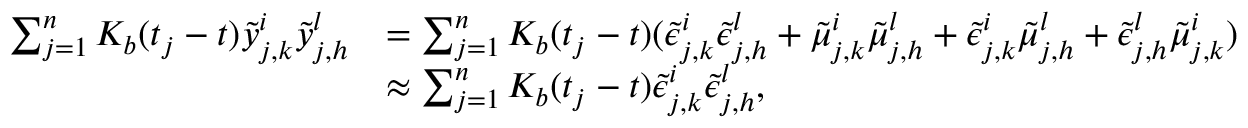
\begin{array} { r l } { \sum _ { j = 1 } ^ { n } K _ { b } ( t _ { j } - t ) \tilde { y } _ { j , k } ^ { i } \tilde { y } _ { j , h } ^ { l } } & { = \sum _ { j = 1 } ^ { n } K _ { b } ( t _ { j } - t ) ( \tilde { \epsilon } _ { j , k } ^ { i } \tilde { \epsilon } _ { j , h } ^ { l } + \tilde { \mu } _ { j , k } ^ { i } \tilde { \mu } _ { j , h } ^ { l } + \tilde { \epsilon } _ { j , k } ^ { i } \tilde { \mu } _ { j , h } ^ { l } + \tilde { \epsilon } _ { j , h } ^ { l } \tilde { \mu } _ { j , k } ^ { i } ) } \\ & { \approx \sum _ { j = 1 } ^ { n } K _ { b } ( t _ { j } - t ) \tilde { \epsilon } _ { j , k } ^ { i } \tilde { \epsilon } _ { j , h } ^ { l } , } \end{array}